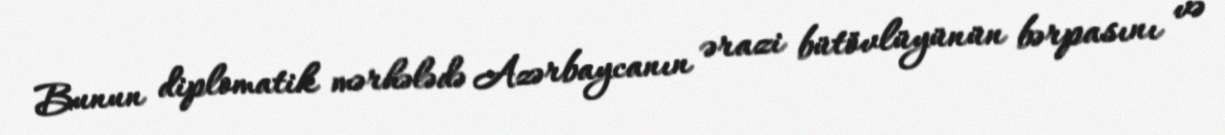
Bunun diplomatik mərhələdə Azərbaycanın ərazi bütövlüyünün bərpasını və